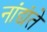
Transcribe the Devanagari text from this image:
नांद्यंते